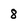
Character: 8